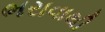
ભરાવાથી